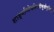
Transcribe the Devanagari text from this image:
शार्ङ्गामोघशिलीमुखेषुधियुत